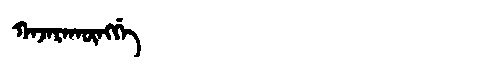
Manchu: ᡴᠠᠵᠠᡵᠠᡴᡡᠩᡤᡝ
Romanization: KAJARAKŪNGGE